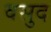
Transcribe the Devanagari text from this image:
वसुद